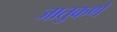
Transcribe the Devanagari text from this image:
जातुकर्ण